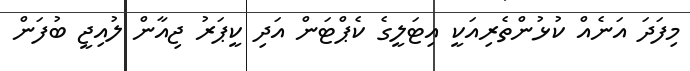
މިފަދަ އަނެއް ކުޅުންތެރިއަކީ އިޓަލީގެ ކެޕްޓަން އަދި ކީޕަރު ޖިއާން ލުއިޖީ ބުފަން